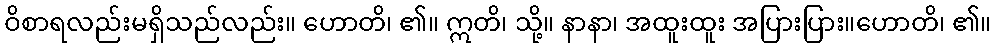
ဝိစာရလည်းမရှိသည်လည်း။ ဟောတိ၊ ၏။ ဣတိ၊ သို့။ နာနာ၊ အထူးထူး အပြားပြား။ဟောတိ၊ ၏။